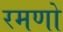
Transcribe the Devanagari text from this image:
रमणो